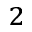
^ 2